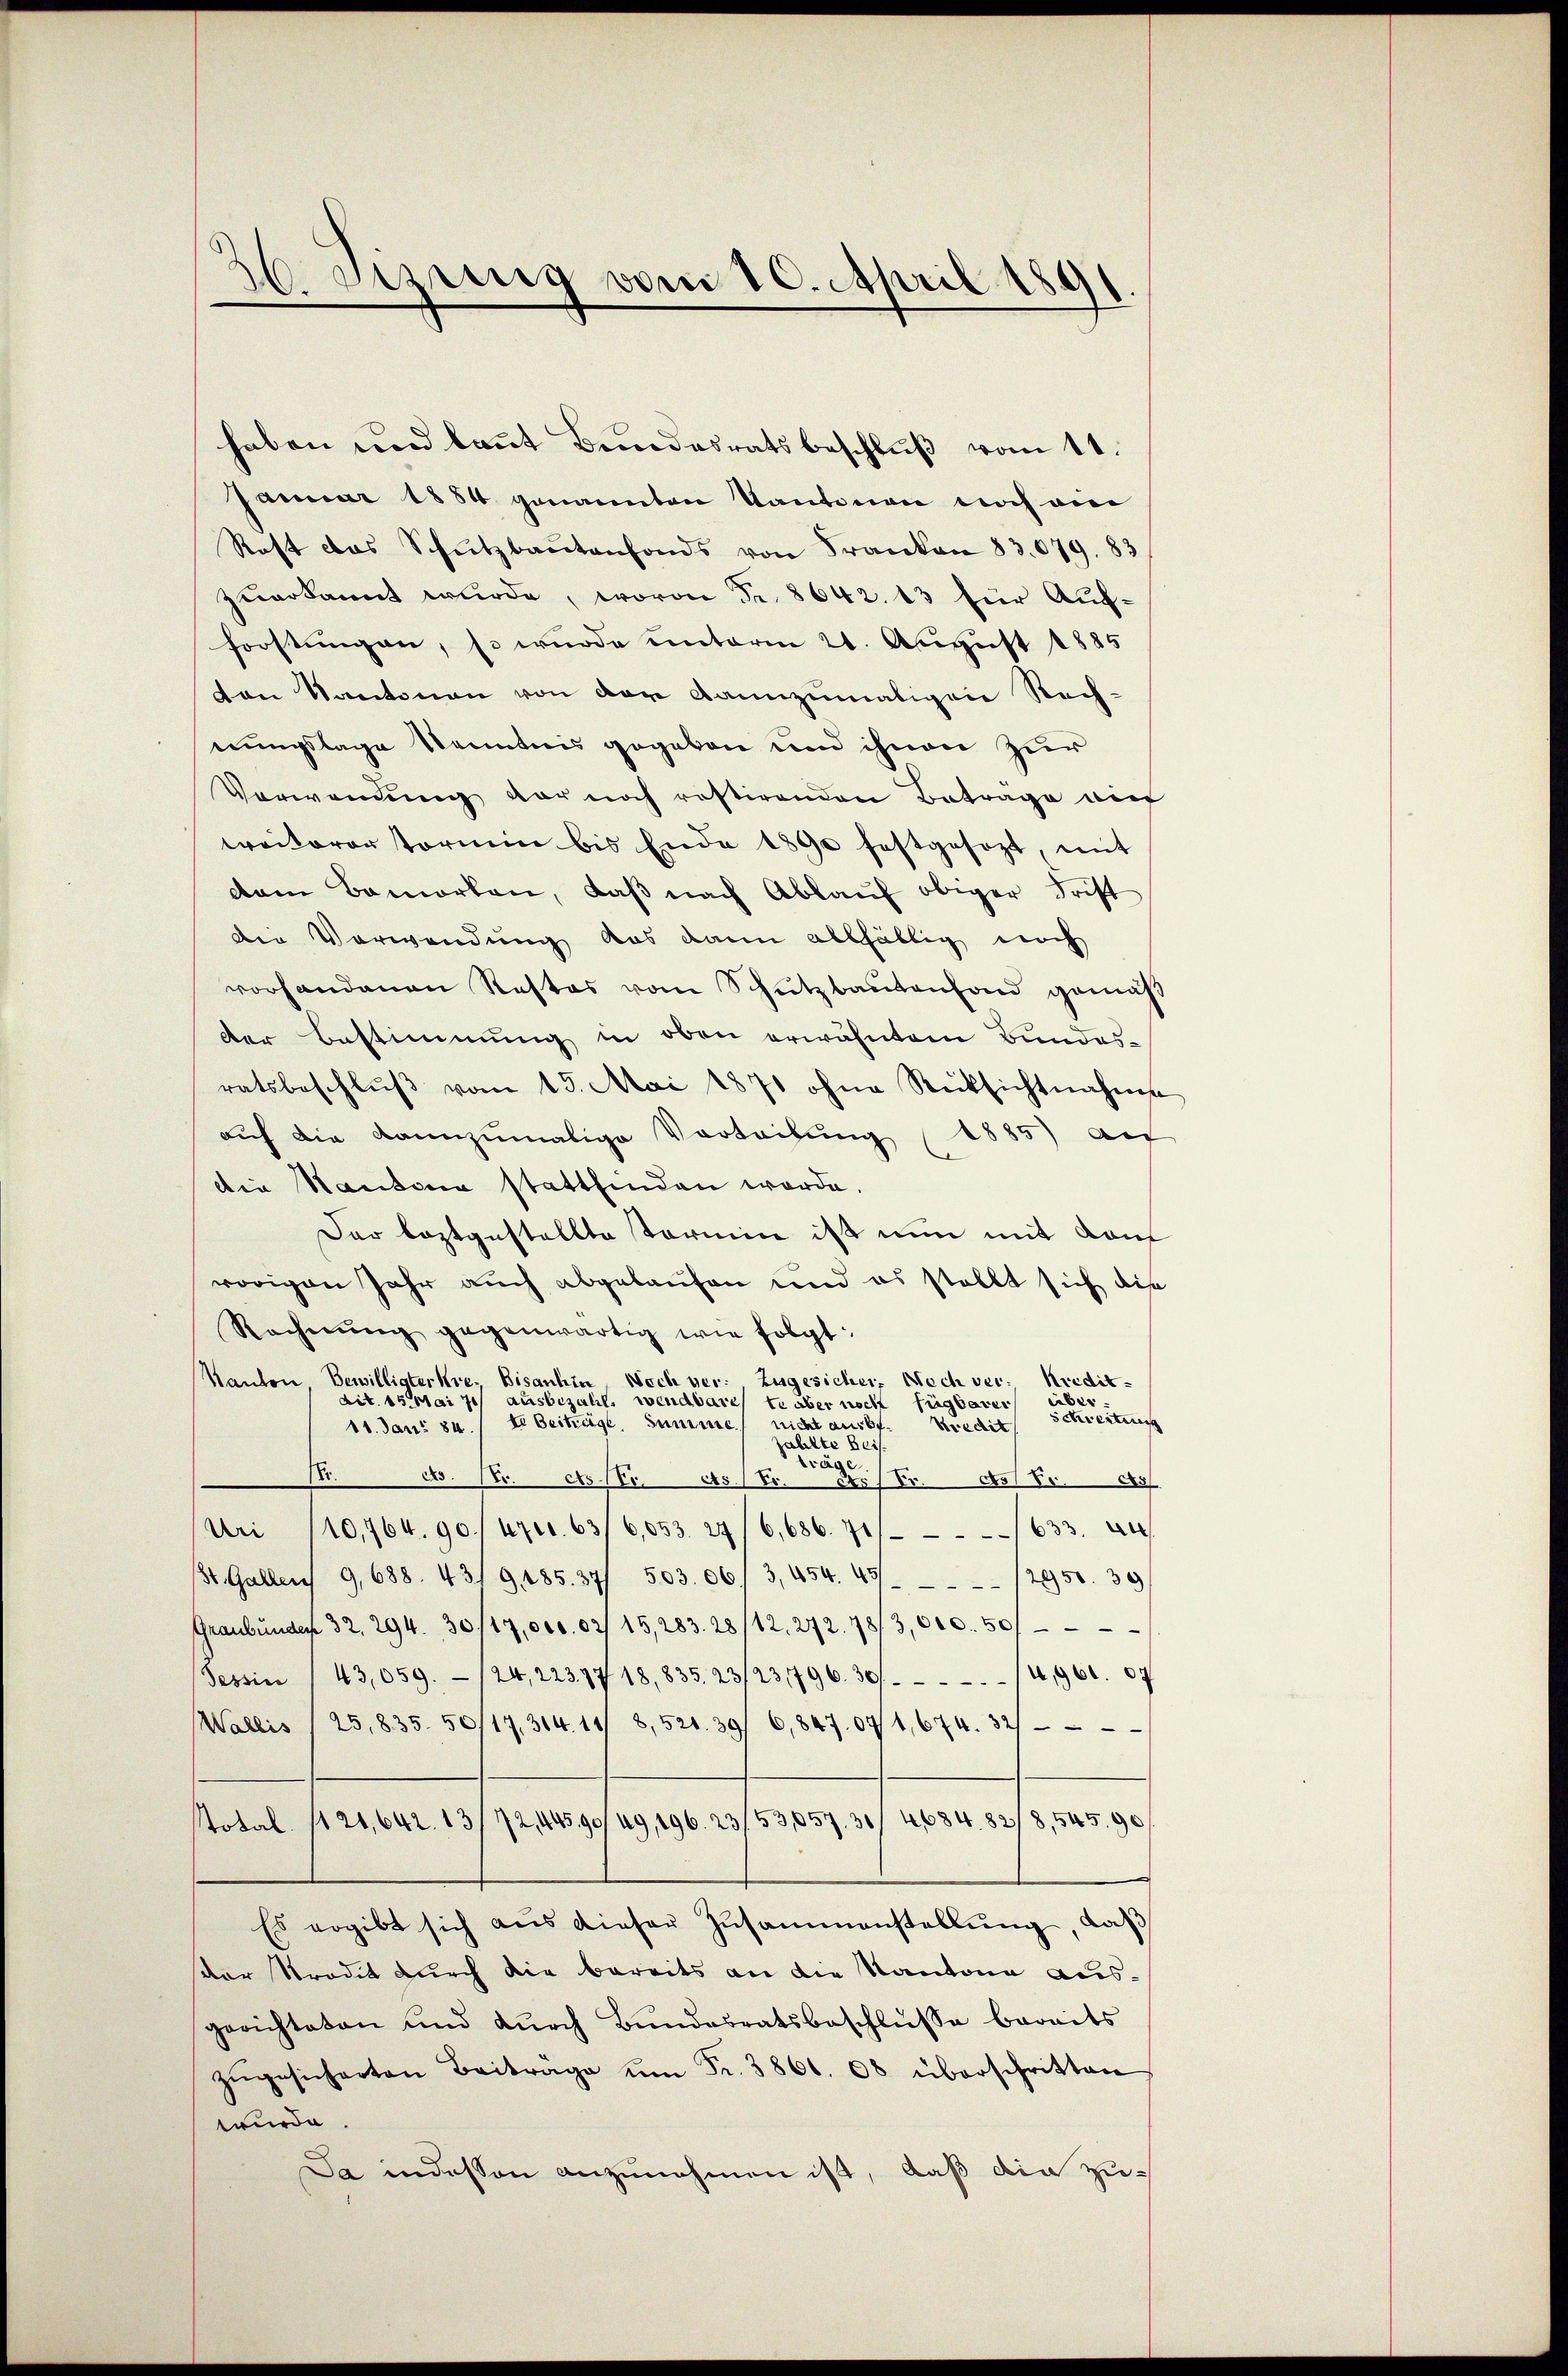
26 Sizung vom 10. April 1891.

haben und laut Bundesratsbeschluß vom 11.
Januar 1884 genannten Kantonen noch an
Rost das Schutzbautenfonds von Franken 83.079. 83
zuerkannt wurde, wovon Fr. 8642. 13 für Aufforstungen, so wurde unterm 21. August 1885
von Kantonen von der dannzumaligen Rech-
nungslage Kenntnis gegeben und ihnen zur
Verwendŭng der noch rastirenden Betrage auf
weiterer termin bis Ende 1890 festgesezt, mit
dam Bamorten, daβ nach Ablaŭf obiger Frist
den Verwendung das dann allfällig noch
vorhandenen Restes vom Schutzbaŭtenfond gemäß
der Bestimmung in oben erwähntem Bundesratsbeschlŭβ vom 13. Mai 1871 ohne Rücksichtnahme
auf die kannzumalige Vortribung (1885) auf
die Kantona stattfinden werde.
Der leztgestellte Termin ist nun mit Kauf
vorigen Jahr auch abgelaufen und es stellt sich die
Rechnŭng gegenwärtig wie folgt:
Kanton Bewilligterkre. Bisanhin, Noch ver- Zugesicher Wech ver- Kredit-
dit. 15 Mai ich ausbezahl, wendbare te aber noch fügbares über¬
Schreitung
11. Jan. 80. / E. Beiträge, Summe nicht ausbe¬
Kredit
zahlte Beis
Träge
E
cs. Nr. es Nr. 451 Fr. erstr. 951 Fr. 95
Uri (10,764. 90 / urt. 63/6,053. 27/6,686. 71//633. Au
/3t. Gallen 9,688. 431 9,485. 37) 503. 06, 3, 454. 43/12950. 39
Graubünden 32. 294. 30/17,000. 02/ 15,283. 28/12. 272. 78/3,000. 50/
Tessin / 43,059 - 124, 22377 18,835. 23/23,1796. 30/14,961. 67
Wallis / 25,835. 50/17. 314. 14/ 8, 521. 39/ 6,847.071, 674. 32
Stotal. 1121,642. 13/72,445,90/49, 196. 23/53,057. 30/ 4684. 8218,545. 90
Es ergibt sich aus dieser Zusammenstellŭng, daß
ster Stradit durch die bereits an die Kantone ausgerichteten und dŭrch Bundesratsbeschlüsse bereits
zŭgesicherten Beitrage ŭm Fr. 3861. 08 überschritten
wurde.
Da indessen anzunehmen ist, daß die zu¬